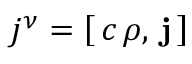
j ^ { \nu } = \left[ \, c \, \rho , \, \mathbf { j } \, \right]